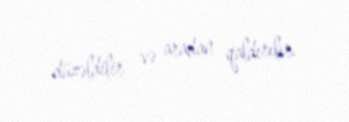
düzəldilir və aradan qaldırılır.